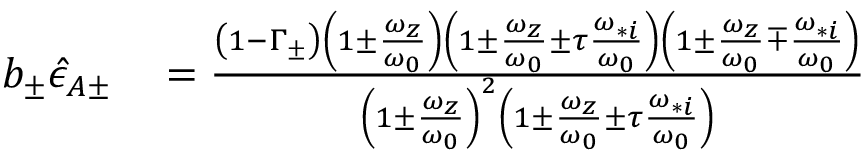
\begin{array} { r l } { b _ { \pm } \hat { \epsilon } _ { A \pm } } & { { } = \frac { \left( 1 - \Gamma _ { \pm } \right) \left( 1 \pm \frac { \omega _ { z } } { \omega _ { 0 } } \right) \left( 1 \pm \frac { \omega _ { z } } { \omega _ { 0 } } \pm \tau \frac { \omega _ { * i } } { \omega _ { 0 } } \right) \left( 1 \pm \frac { \omega _ { z } } { \omega _ { 0 } } \mp \frac { \omega _ { * i } } { \omega _ { 0 } } \right) } { \left( 1 \pm \frac { \omega _ { z } } { \omega _ { 0 } } \right) ^ { 2 } \left( 1 \pm \frac { \omega _ { z } } { \omega _ { 0 } } \pm \tau \frac { \omega _ { * i } } { \omega _ { 0 } } \right) } } \end{array}